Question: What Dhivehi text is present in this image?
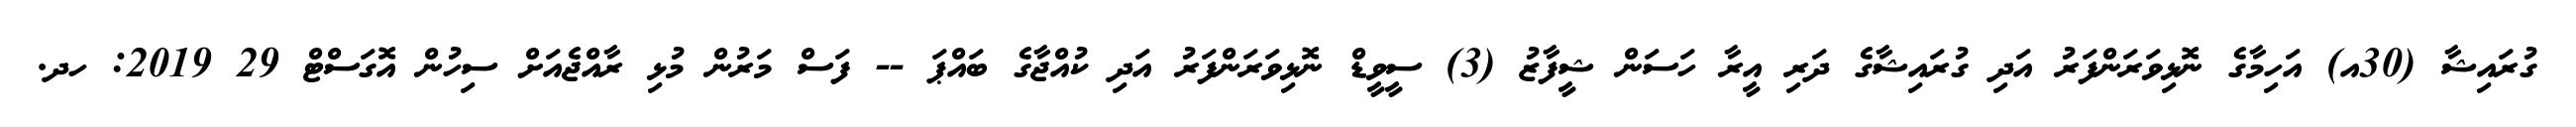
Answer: ގުރައިޝާ (30އ) އަހިމާގެ ނޮޅިވަރަންފަރު އަދި ގުރައިޝާގެ ދަރި އީރާ ހަސަން ޝީފާޒު (3) ސީވީޑް ނޮޅިވަރަންފަރު އަދި ކުއްޖާގެ ބައްޕަ -- ފަސް މަރުން މުޅި ރާއްޖެއަށް ސިހުން އޮގަސްޓް 29 2019: ހދ.